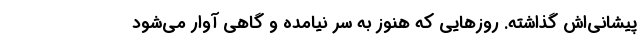
پیشانی‌اش گذاشته. روزهایی که هنوز به سر نیامده و گاهی آوار می‌شود